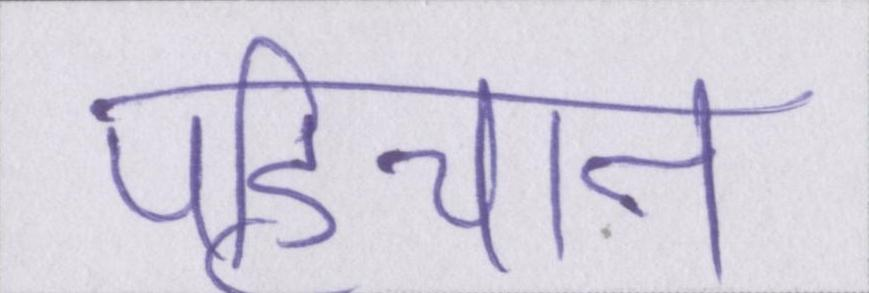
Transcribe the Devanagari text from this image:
पहिचान